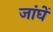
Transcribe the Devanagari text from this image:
जांघें